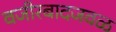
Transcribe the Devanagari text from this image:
वजीरबादजवळ